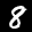
Label: 8